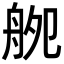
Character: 𦨨